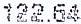
122.64